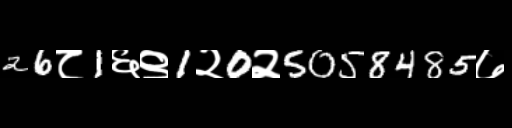
Text: 26८1६९1२0२5058485७